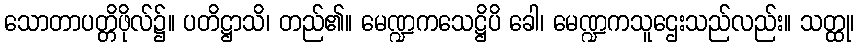
သောတာပတ္တိဖိုလ်၌။ ပတိဋ္ဌာသိ၊ တည်၏။ မေဏ္ဍကသေဋ္ဌိပိ ခေါ၊ မေဏ္ဍကသူဌေးသည်လည်း။ သတ္ထု၊